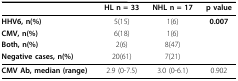
<table><thead><tr><td></td><td><b>HL n = 33</b></td><td><b>NHL n = 17</b></td><td><b>p value</b></td></tr></thead><tbody><tr><td><b>HHV6, n(%)</b></td><td>5(15)</td><td>1(6)</td><td><b>0.007</b></td></tr><tr><td><b>CMV, n(%)</b></td><td>6(18)</td><td>1(6)</td><td></td></tr><tr><td><b>Both, n(%)</b></td><td>2(6)</td><td>8(47)</td><td></td></tr><tr><td><b>Negative cases, n(%)</b></td><td>20(61)</td><td>7(21)</td><td></td></tr><tr><td><b>CMV Ab, median (range)</b></td><td>2.9 (0-7.5)</td><td>3.0 (0-6.1)</td><td>0.902</td></tr></tbody></table>